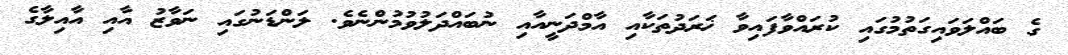
ގެ ބައްލަވައިގަތުމުގައި ކުރައްވާފައިވާ ޚަރަދުތަކާއި އާމްދަނީއާއި ނުބައްދަލުވުމުންނެވެ. ލަންޑަނުގައި ނަވާޒު އާއި އާއިލާގެ